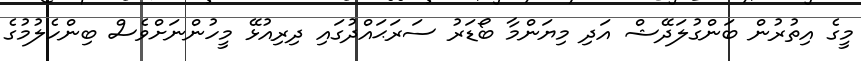
މީގެ އިތުރުން ބަންގުލަދޭޝް އަދި މިޔަންމާ ބޯޑަރު ސަރަޙައްދުގައި ދިރިއުޅޭ މީހުންނަށްވެސް ބިންހެލުމުގެ